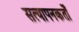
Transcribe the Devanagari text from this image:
सत्यापनकर्तों